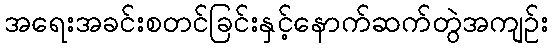
အရေးအခင်းစတင်ခြင်းနှင့်နောက်ဆက်တွဲအကျဉ်း